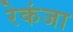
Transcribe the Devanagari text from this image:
रेकंजा